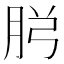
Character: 𮌏